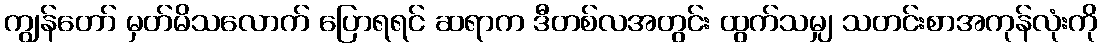
ကျွန်တော် မှတ်မိသလောက် ပြောရရင် ဆရာက ဒီတစ်လအတွင်း ထွက်သမျှ သတင်းစာအကုန်လုံးကို